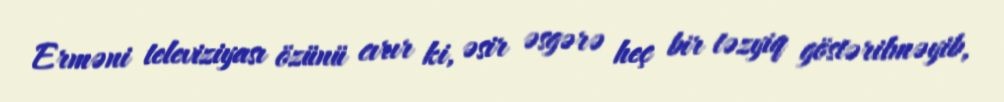
Erməni televiziyası özünü cırır ki, əsir əsgərə heç bir təzyiq göstərilməyib,